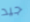
جيد